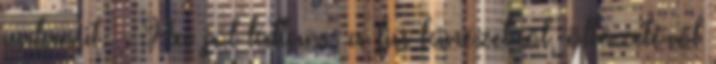
valamit. - Ha jól láttam, a fiú kinézetről, öltözetéről